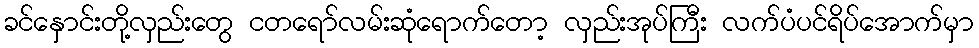
ခင်နှောင်းတို့လှည်းတွေ ငတရော်လမ်းဆုံရောက်တော့ လှည်းအုပ်ကြီး လက်ပံပင်ရိပ်အောက်မှာ